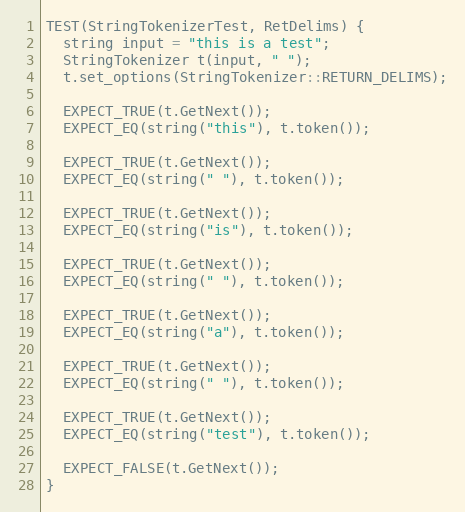
Language: C++
TEST(StringTokenizerTest, RetDelims) {
  string input = "this is a test";
  StringTokenizer t(input, " ");
  t.set_options(StringTokenizer::RETURN_DELIMS);

  EXPECT_TRUE(t.GetNext());
  EXPECT_EQ(string("this"), t.token());

  EXPECT_TRUE(t.GetNext());
  EXPECT_EQ(string(" "), t.token());

  EXPECT_TRUE(t.GetNext());
  EXPECT_EQ(string("is"), t.token());

  EXPECT_TRUE(t.GetNext());
  EXPECT_EQ(string(" "), t.token());

  EXPECT_TRUE(t.GetNext());
  EXPECT_EQ(string("a"), t.token());

  EXPECT_TRUE(t.GetNext());
  EXPECT_EQ(string(" "), t.token());

  EXPECT_TRUE(t.GetNext());
  EXPECT_EQ(string("test"), t.token());

  EXPECT_FALSE(t.GetNext());
}